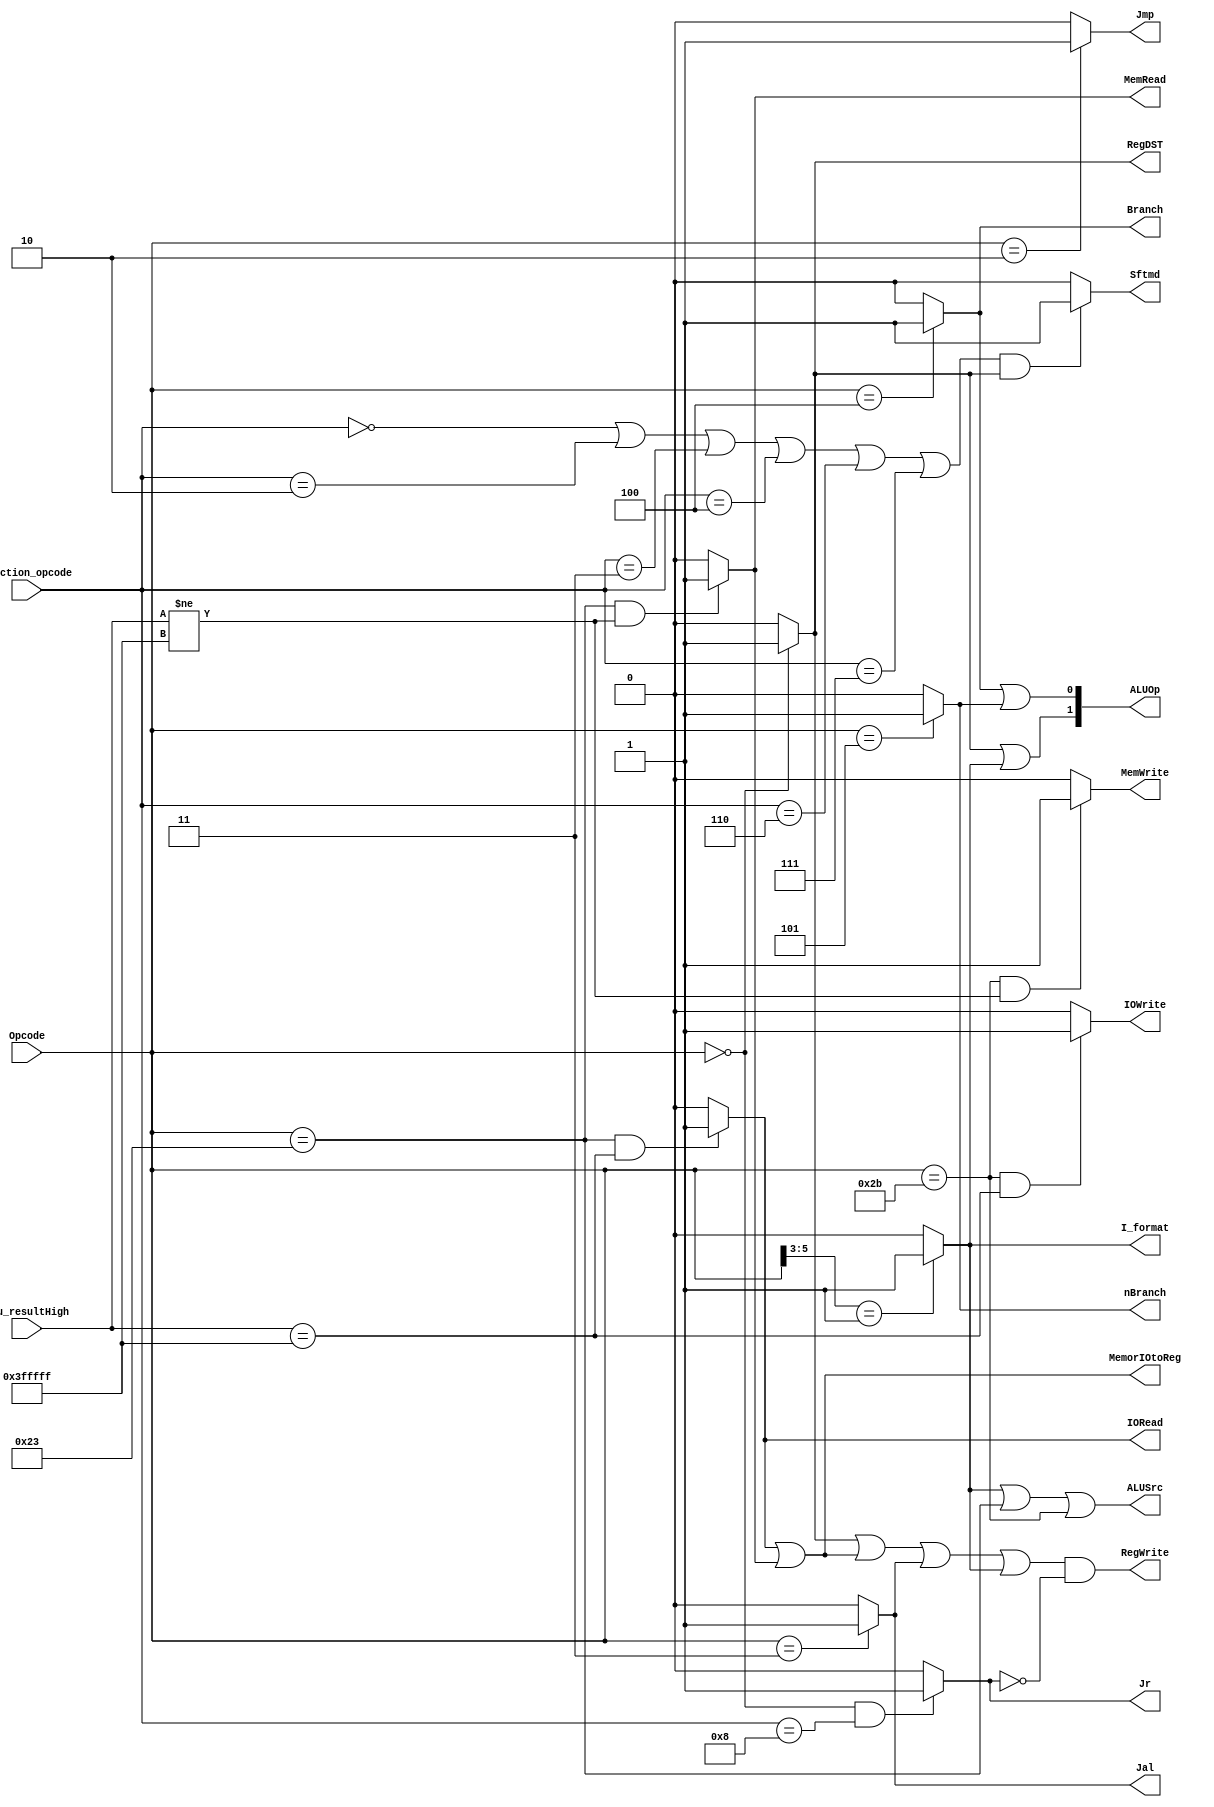
`timescale 1ns / 1ps

module control32(Opcode, Function_opcode, Jr, RegDST, ALUSrc, RegWrite, MemWrite, Branch, nBranch, Jmp, Jal, I_format, Sftmd, ALUOp,
                Alu_resultHigh,MemorIOtoReg,MemRead,IORead, IOWrite);
    input[5:0]   Opcode;            // IFetch6bit, instruction[31..26]
    input[5:0]   Function_opcode;  	// IFetch6bit, r-, instructions[5..0]
    output       Jr;         	 // 1jr, 0jr
    output       RegDST;          // 1rd, rt
    output       ALUSrc;          // 1ALUBinputbeq, bne, 0
    // output       MemtoReg;     // 1I/O
    output       RegWrite;   	  // 1
    output       MemWrite;       // 1
    output       Branch;        // 1beq, 0beq
    output       nBranch;       // 1Bne, 0bne
    output       Jmp;            // 1J, 0J
    output       Jal;            // 1Jal, 0Jal
    output       I_format;      // 1beq, bne, LW, SWI-
    output       Sftmd;         // 1, 0
    output[1:0]  ALUOp;        // R-I_format=11bit1,  beqbne0bit1

    input[21:0] Alu_resultHigh; // From the execution unit Alu_Result[31..10]
    output MemorIOtoReg; // 1 indicates that data needs to be read from memory or I/O to the reg
    output MemRead; // 1 indicates that the instruction needs to read from the memor
    output IORead; // 1 indicates I/O read
    output IOWrite; // 1 indicates I/O write

wire R_format;
assign R_format = (Opcode == 6'b000000)? 1'b1 : 1'b0;

assign Jmp = (Opcode == 6'b000010)? 1'b1 : 1'b0;
assign Jr = ((Opcode == 6'b000000)&&(Function_opcode == 6'b001000))? 1'b1 : 1'b0;
assign Jal = (Opcode == 6'b000011)? 1'b1 : 1'b0;
assign Branch = (Opcode == 6'b000100)? 1'b1 : 1'b0;
assign nBranch = (Opcode == 6'b000101)? 1'b1 : 1'b0;
assign RegDST = R_format;
// assign MemtoReg =  (Opcode == 6'b100011)? 1'b1 : 1'b0;  //lw
assign I_format = (Opcode[5:3]==3'b001)? 1'b1 : 1'b0;
assign ALUSrc = I_format||Opcode == 6'b100011||Opcode == 6'b101011; //ALU
assign Sftmd =  (((Function_opcode==6'b000000)||(Function_opcode==6'b000010)
||(Function_opcode==6'b000011)||(Function_opcode==6'b000100)
||(Function_opcode==6'b000110)||(Function_opcode==6'b000111))
&& R_format)? 1'b1:1'b0;
assign ALUOp = {(R_format||I_format),(Branch||nBranch)};


//
assign RegWrite = (R_format||MemorIOtoReg||Jal||I_format)&&!(Jr); 
// Opcode == 6'b101011 sw==1 memory
assign MemWrite = (Opcode == 6'b101011 && (Alu_resultHigh[21:0] != 22'h3FFFFF)) ? 1'b1:1'b0;       //sw+memory 
assign MemRead = (Opcode == 6'b100011 && Alu_resultHigh[21:0] != 22'h3FFFFF) ? 1'b1:1'b0;          //lw+memory 
assign IORead = (Opcode == 6'b100011 && Alu_resultHigh[21:0] == 22'h3FFFFF) ? 1'b1:1'b0;           //lw+io 

assign IOWrite =(Opcode == 6'b101011 && Alu_resultHigh[21:0] == 22'h3FFFFF) ? 1'b1:1'b0;           //sw+LED
// Read operations require reading data from memory or I/O to write to the register
//lw : memory or io
assign MemorIOtoReg = IORead || MemRead;  // lw                     

endmodule